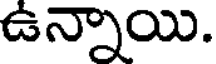
ఉన్నాయి.